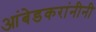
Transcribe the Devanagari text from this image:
आंबेडकरांनीनी